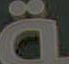
ـة